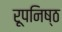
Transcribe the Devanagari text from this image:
रूपनिष्ठ